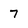
Character: 7